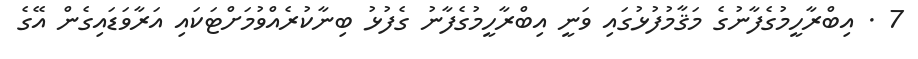
7 . އިބްރާހީމުގެފާނުގެ މަޤާމުފުޅުގައި ވަނީ އިބްރާހީމުގެފާނު ގެފުޅު ބިނާކުރެއްވުމަށްޓަކައި އަރާވަޑައިގެން އޭގެ